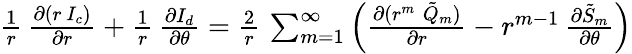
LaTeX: \begin{array}{r}{{\frac{1}{r}}\, {\frac{\partial(r\, I_{c})}{\partial r}}+{\frac{1}{r}}\, {\frac{\partial I_{d}}{\partial\theta}}={\frac{2}{r}}\, \sum_{m=1}^{\infty}\left({\frac{\partial(r^{m}\; {\tilde{Q}}_{m})}{\partial r}}-r^{m-1}\, {\frac{\partial{\tilde{S}}_{m}}{\partial\theta}}\right)}\end{array}